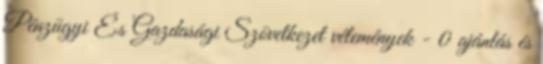
Pénzügyi És Gazdasági Szövetkezet vélemények - 0 ajánlás és